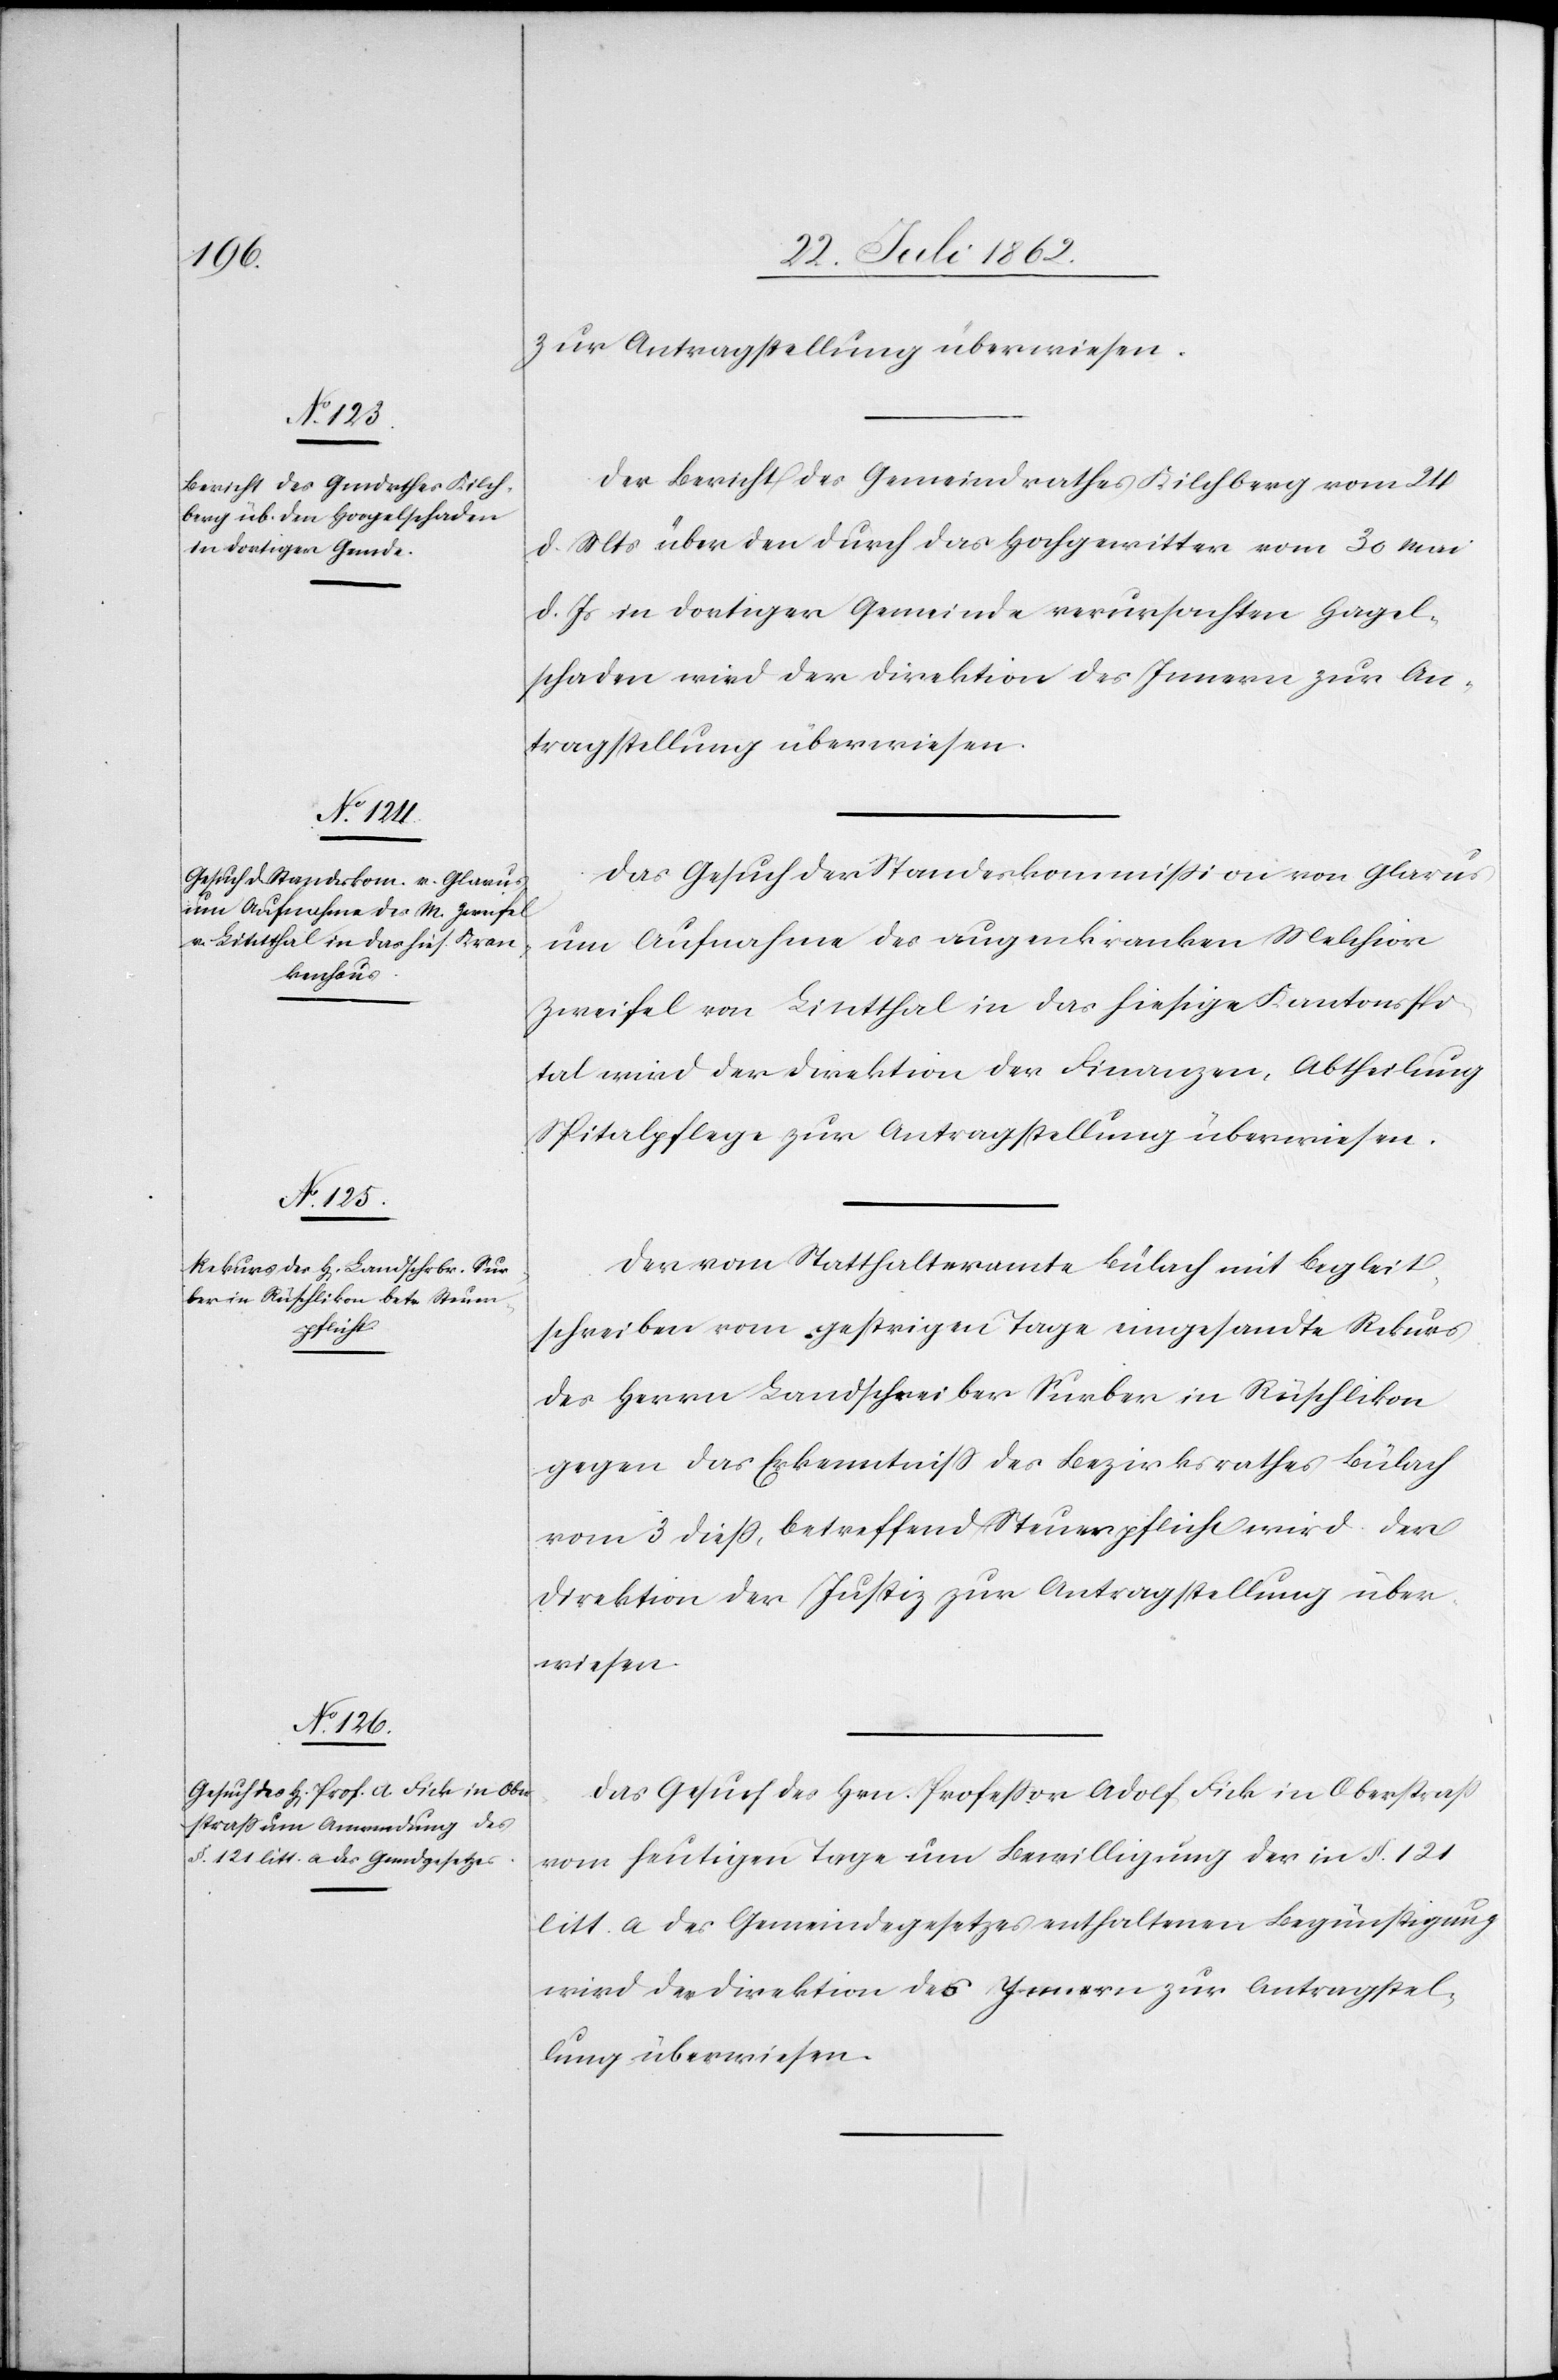
den 26.

zur Antragstellung überwiesen.
Der Bericht des Gemeindrathes Kilchberg vom 24.
d. Mts. über den durch das Hochgewitter vom 30. Mai
d. Js. in dortiger Gemeinde verursachten Hagel¬
schaden wird der Direktion des Innern zur An¬
tragstellung überwiesen.
Das Gesuch der Standeskommission von Glarus
um Aufnahme des augenkranken Melchior
Zweifel von Lintthal in das hiesige Kantonsspi¬
tal wird der Direktion der Finanzen, Abtheilung
Spitalpflege zur Antragstellung überwiesen.
Der vom Statthalteramte Bülach mit Begleit¬
schreiben vom gestrigen Tage eingesandte Rekurs
des Herrn Landschreiber Surber in Rüschlikon
gegen das Erkenntniß des Bezirksrathes Bülach
vom 3. dieß, betreffend Steuerpflicht wird der
Direktion der Justiz zur Antragstellung über¬
wiesen.
Das Gesuch des Hrn. Professor Adolf Fick in Oberstraß
vom heutigen Tage um Bewilligung der in §. 121
litt. a des Gemeindegesetzes enthaltenen Begünstigung
wird der Direktion des Innern zur Antragstel¬
lung überwiesen.